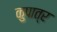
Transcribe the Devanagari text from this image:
कुपात्र